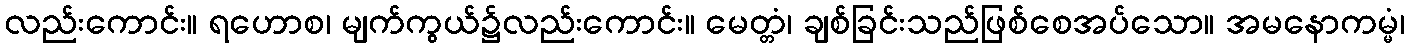
လည်းကောင်း။ ရဟောစ၊ မျက်ကွယ်၌လည်းကောင်း။ မေတ္တံ၊ ချစ်ခြင်းသည်ဖြစ်စေအပ်သော။ အမနောကမ္မံ၊